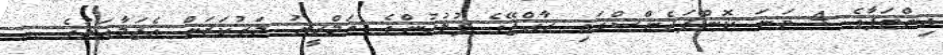
އިންޓަޕާގެ 4 ވަނަ ކޮންފަރެންސްގައި ރާއްޖޭގެ ފުލުހުންގެ ތަމްރީނު މަރުކަޒަށް އެޖަމާޢަތުގެ ...